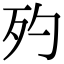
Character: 𣧀